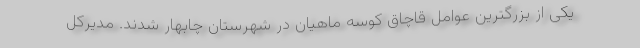
یکی از بزرگترین عوامل قاچاق کوسه ماهیان در شهرستان چابهار شدند. مدیرکل